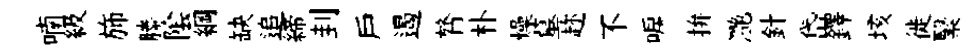
喃級斾縢隂綱缺追締刲戶遏膂朴燥墓趂不唳拚灔針岱鐸垓徙繄